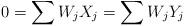
LaTeX: \begin{align*}0 = \sum W_j X_j = \sum W_j Y_j \;\end{align*}